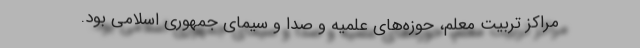
مراکز تربیت معلم، حوزه‌های علمیه و صدا و سیمای جمهوری اسلامی بود.